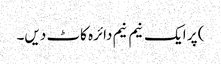
) پر ایک نیم نیم دائرہ کاٹ دیں۔